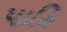
પાહિ